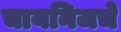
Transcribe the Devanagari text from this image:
चायनिजचे